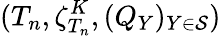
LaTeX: (T_{n},\zeta_{T_{n}}^{K},(Q_{Y})_{Y\in\mathcal{S}})